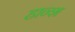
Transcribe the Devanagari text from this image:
हान्श